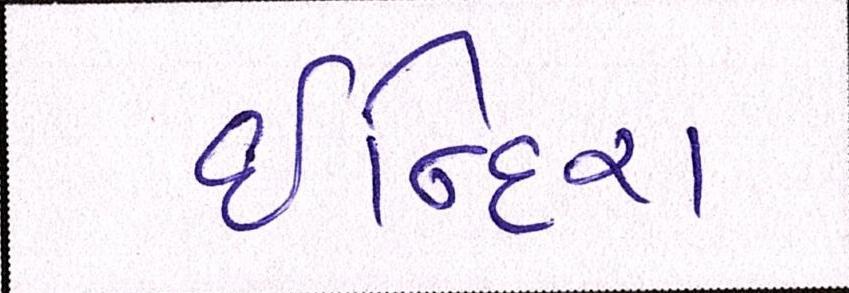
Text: ઈન્દિરા